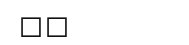
٨٢